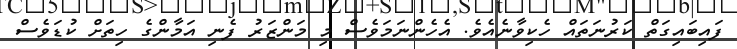
ފައިބައިގަތް ކަރުނަތައް ހެކިވާނެއެވެ. އެހެންނަމަވެސް މި މަންޒަރު ފެނި އަމާންގެ ހިތަށް ކުޑަވެސް